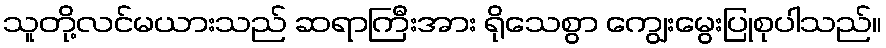
သူတို့လင်မယားသည် ဆရာကြီးအား ရိုသေစွာ ကျွေးမွေးပြုစုပါသည်။